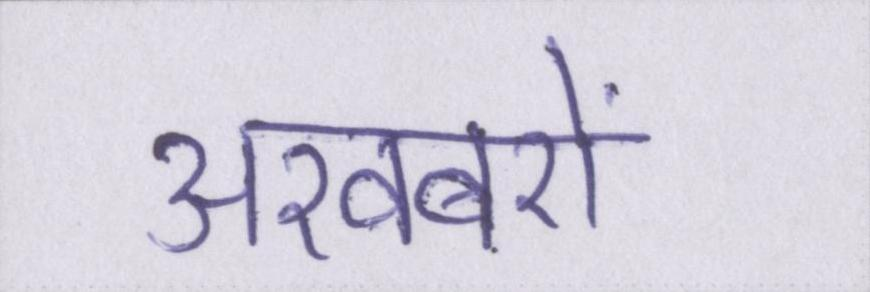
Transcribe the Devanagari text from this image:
अखबरों